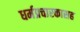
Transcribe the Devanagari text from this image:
धर्मप्रचारकासह